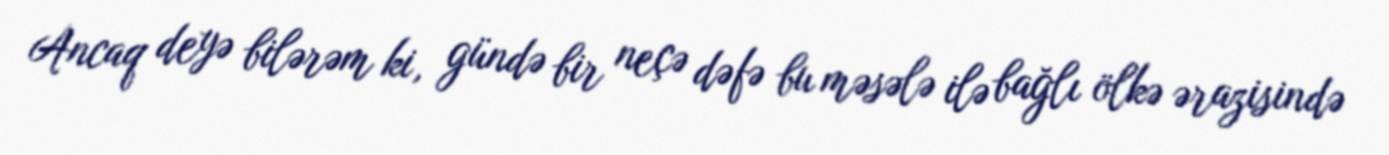
Ancaq deyə bilərəm ki, gündə bir neçə dəfə bu məsələ ilə bağlı ölkə ərazisində